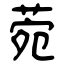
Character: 菀